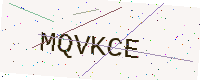
Text: MQVKCE